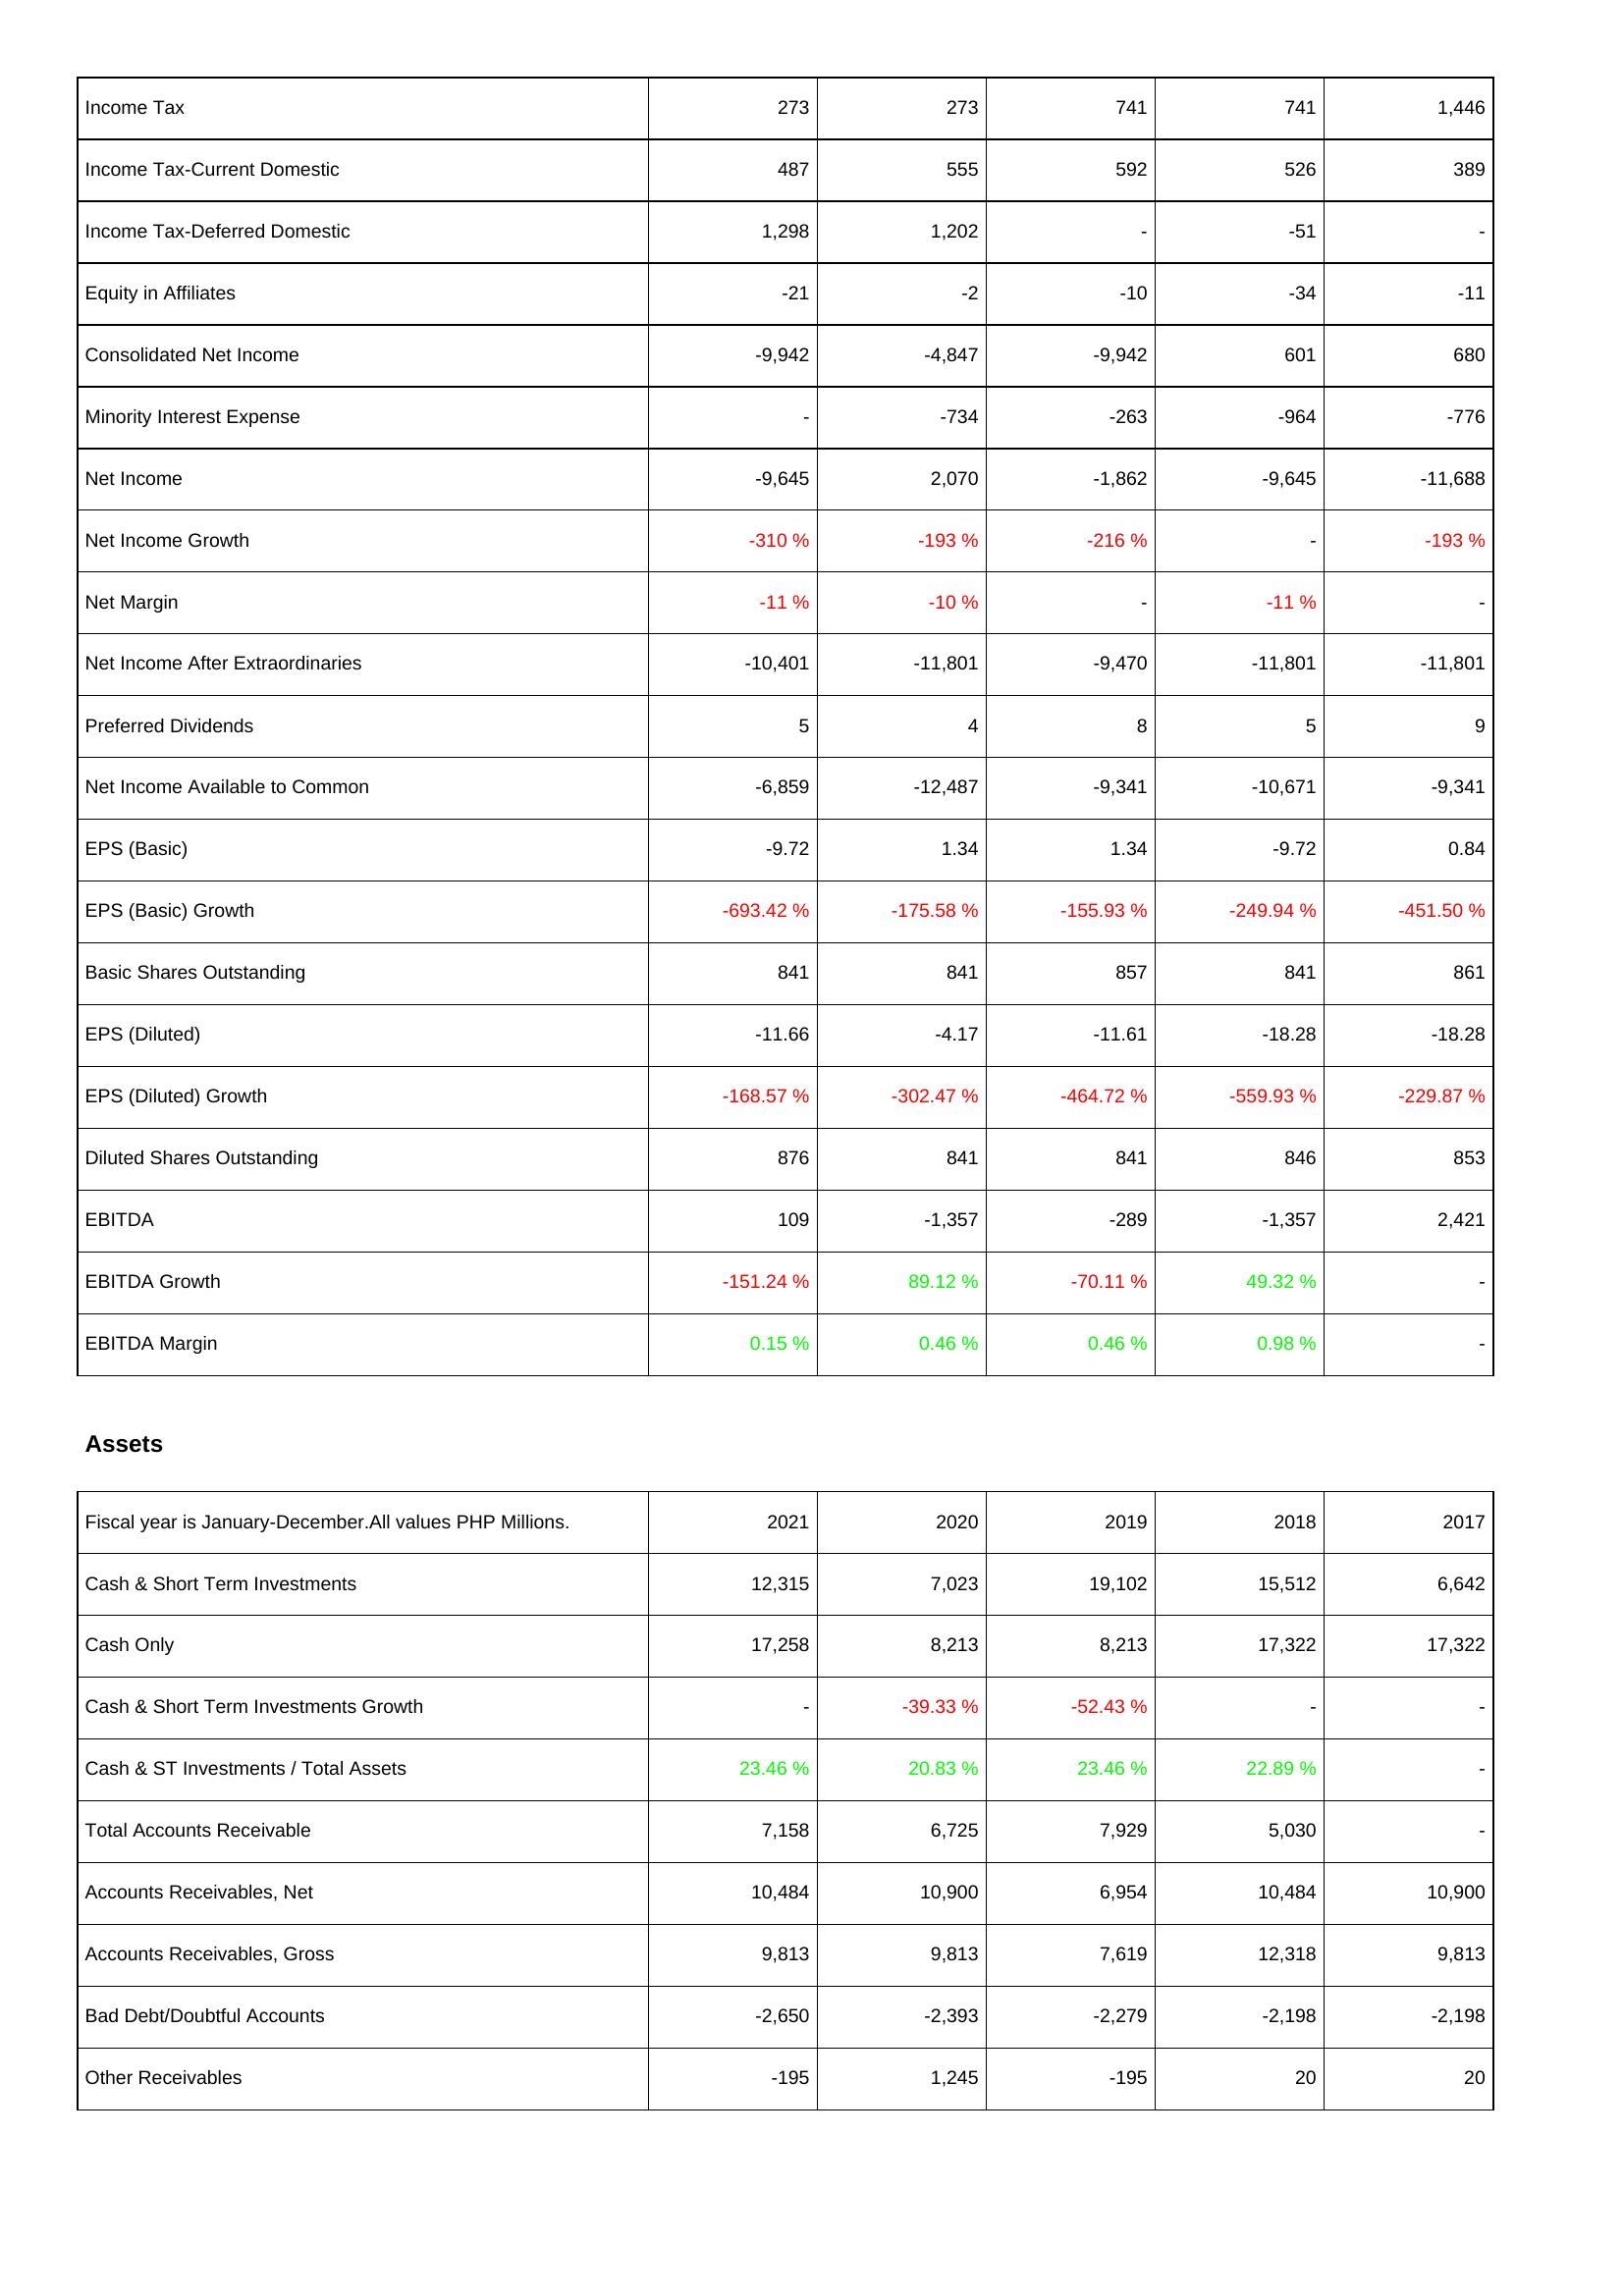
2021: Income Statement: Income Tax: 273
Income Tax-Current Domestic: 487
Income Tax-Deferred Domestic: 1,298
Equity in Affiliates: -21
Consolidated Net Income: -9,942
Minority Interest Expense: -
Net Income: -9,645
Net Income Growth: -310 %
Net Margin: -11 %
Net Income After Extraordinaries: -10,401
Preferred Dividends: 5
Net Income Available to Common: -6,859
EPS (Basic): -9.72
EPS (Basic) Growth: -693.42 %
Basic Shares Outstanding: 841
EPS (Diluted): -11.66
EPS (Diluted) Growth: -168.57 %
Diluted Shares Outstanding: 876
EBITDA: 109
EBITDA Growth: -151.24 %
EBITDA Margin: 0.15 %
Assets: Cash & Short Term Investments: 12,315
Cash Only: 17,258
Cash & Short Term Investments Growth: -
Cash & ST Investments / Total Assets: 23.46 %
Total Accounts Receivable: 7,158
Accounts Receivables, Net: 10,484
Accounts Receivables, Gross: 9,813
Bad Debt/Doubtful Accounts: -2,650
Other Receivables: -195
2020: Income Statement: Income Tax: 273
Income Tax-Current Domestic: 555
Income Tax-Deferred Domestic: 1,202
Equity in Affiliates: -2
Consolidated Net Income: -4,847
Minority Interest Expense: -734
Net Income: 2,070
Net Income Growth: -193 %
Net Margin: -10 %
Net Income After Extraordinaries: -11,801
Preferred Dividends: 4
Net Income Available to Common: -12,487
EPS (Basic): 1.34
EPS (Basic) Growth: -175.58 %
Basic Shares Outstanding: 841
EPS (Diluted): -4.17
EPS (Diluted) Growth: -302.47 %
Diluted Shares Outstanding: 841
EBITDA: -1,357
EBITDA Growth: 89.12 %
EBITDA Margin: 0.46 %
Assets: Cash & Short Term Investments: 7,023
Cash Only: 8,213
Cash & Short Term Investments Growth: -39.33 %
Cash & ST Investments / Total Assets: 20.83 %
Total Accounts Receivable: 6,725
Accounts Receivables, Net: 10,900
Accounts Receivables, Gross: 9,813
Bad Debt/Doubtful Accounts: -2,393
Other Receivables: 1,245
2019: Income Statement: Income Tax: 741
Income Tax-Current Domestic: 592
Income Tax-Deferred Domestic: -
Equity in Affiliates: -10
Consolidated Net Income: -9,942
Minority Interest Expense: -263
Net Income: -1,862
Net Income Growth: -216 %
Net Margin: -
Net Income After Extraordinaries: -9,470
Preferred Dividends: 8
Net Income Available to Common: -9,341
EPS (Basic): 1.34
EPS (Basic) Growth: -155.93 %
Basic Shares Outstanding: 857
EPS (Diluted): -11.61
EPS (Diluted) Growth: -464.72 %
Diluted Shares Outstanding: 841
EBITDA: -289
EBITDA Growth: -70.11 %
EBITDA Margin: 0.46 %
Assets: Cash & Short Term Investments: 19,102
Cash Only: 8,213
Cash & Short Term Investments Growth: -52.43 %
Cash & ST Investments / Total Assets: 23.46 %
Total Accounts Receivable: 7,929
Accounts Receivables, Net: 6,954
Accounts Receivables, Gross: 7,619
Bad Debt/Doubtful Accounts: -2,279
Other Receivables: -195
2018: Income Statement: Income Tax: 741
Income Tax-Current Domestic: 526
Income Tax-Deferred Domestic: -51
Equity in Affiliates: -34
Consolidated Net Income: 601
Minority Interest Expense: -964
Net Income: -9,645
Net Income Growth: -
Net Margin: -11 %
Net Income After Extraordinaries: -11,801
Preferred Dividends: 5
Net Income Available to Common: -10,671
EPS (Basic): -9.72
EPS (Basic) Growth: -249.94 %
Basic Shares Outstanding: 841
EPS (Diluted): -18.28
EPS (Diluted) Growth: -559.93 %
Diluted Shares Outstanding: 846
EBITDA: -1,357
EBITDA Growth: 49.32 %
EBITDA Margin: 0.98 %
Assets: Cash & Short Term Investments: 15,512
Cash Only: 17,322
Cash & Short Term Investments Growth: -
Cash & ST Investments / Total Assets: 22.89 %
Total Accounts Receivable: 5,030
Accounts Receivables, Net: 10,484
Accounts Receivables, Gross: 12,318
Bad Debt/Doubtful Accounts: -2,198
Other Receivables: 20
2017: Income Statement: Income Tax: 1,446
Income Tax-Current Domestic: 389
Income Tax-Deferred Domestic: -
Equity in Affiliates: -11
Consolidated Net Income: 680
Minority Interest Expense: -776
Net Income: -11,688
Net Income Growth: -193 %
Net Margin: -
Net Income After Extraordinaries: -11,801
Preferred Dividends: 9
Net Income Available to Common: -9,341
EPS (Basic): 0.84
EPS (Basic) Growth: -451.50 %
Basic Shares Outstanding: 861
EPS (Diluted): -18.28
EPS (Diluted) Growth: -229.87 %
Diluted Shares Outstanding: 853
EBITDA: 2,421
EBITDA Growth: -
EBITDA Margin: -
Assets: Cash & Short Term Investments: 6,642
Cash Only: 17,322
Cash & Short Term Investments Growth: -
Cash & ST Investments / Total Assets: -
Total Accounts Receivable: -
Accounts Receivables, Net: 10,900
Accounts Receivables, Gross: 9,813
Bad Debt/Doubtful Accounts: -2,198
Other Receivables: 20